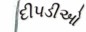
દીપડીઓ